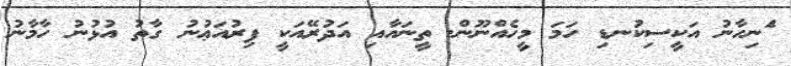
ެަނިހާނު އަކީސިކުނޑި ހަމަ މީހެއްނޫން. ތީނައާއި އަދުރޭއަކީ ފިރުއަޢުނު ގާތު އުޅުނު ހާމާނު